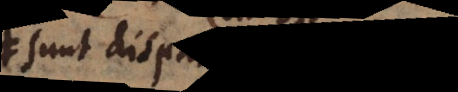
sunt disparata